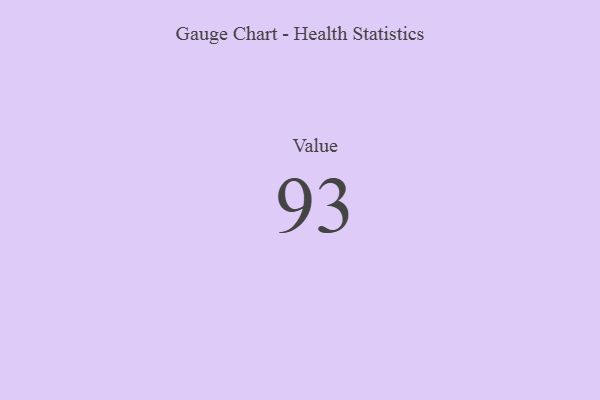
{"axis": {"x": "Metric", "y": "Value"}, "legend": [""], "data": [{"x": "Value", "y": 93, "type": ""}]}